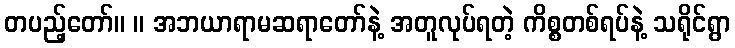
တပည့်တော်။ ။ အဘယာရာမဆရာတော်နဲ့ အတူလုပ်ရတဲ့ ကိစ္စတစ်ရပ်နဲ့ သရိုင်ရွာ